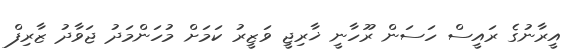
އީރާނުގެ ރައީސް ހަސަން ރޫހާނީ ޚާރިޖީ ވަޒީރު ކަމަށް މުހަންމަދު ޖަވާދު ޒާރިފް